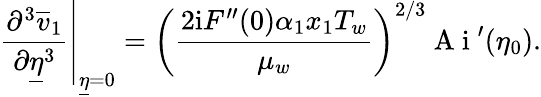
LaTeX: \left.\frac{\partial^{3}\overline{{v}}_{1}}{\partial\underline{{\eta}}^{3}}\right\vert_{\underline{{\eta}}=0}=\left(\frac{2\mathrm{i}F^{\prime\prime}(0)\alpha_{1}x_{1}T_{w}}{\mu_{w}}\right)^{2/3}\mathrm{~A~i~}^{\prime}(\eta_{0}).